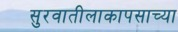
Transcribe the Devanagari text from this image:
सुरवातीलाकापसाच्या